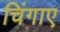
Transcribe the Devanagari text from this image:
चिंगाए